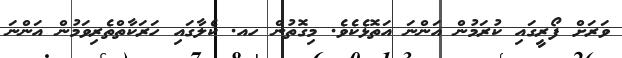
ވަރަށް ފޯރީގައި ކުރަމުން އަންނަ އަތޮޅެކެވެ. މިގޮތުން ހއ. ކެލާގައި ހަރަކާތްތެރިވަމުން އަންނަ